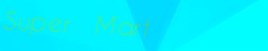
Super Mart